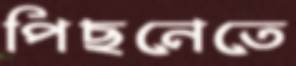
পিছনেতে